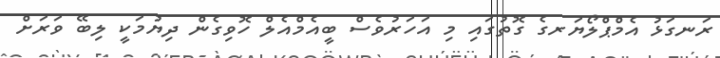
ރަނގަޅު އެމްޕްލޯޔަރގެ ގޮތުގައި މި އަހަރުވެސް ބީއެމްއެލް ހޮވިގެން ދިޔުމަކީ ލިބޭ ވަރަށް